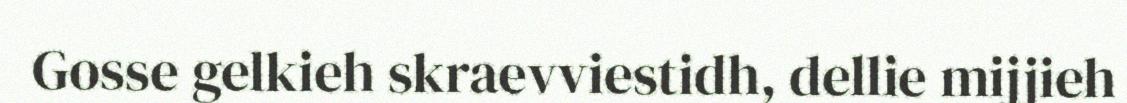
Gosse gelkieh skraevviestidh, dellie mijjieh